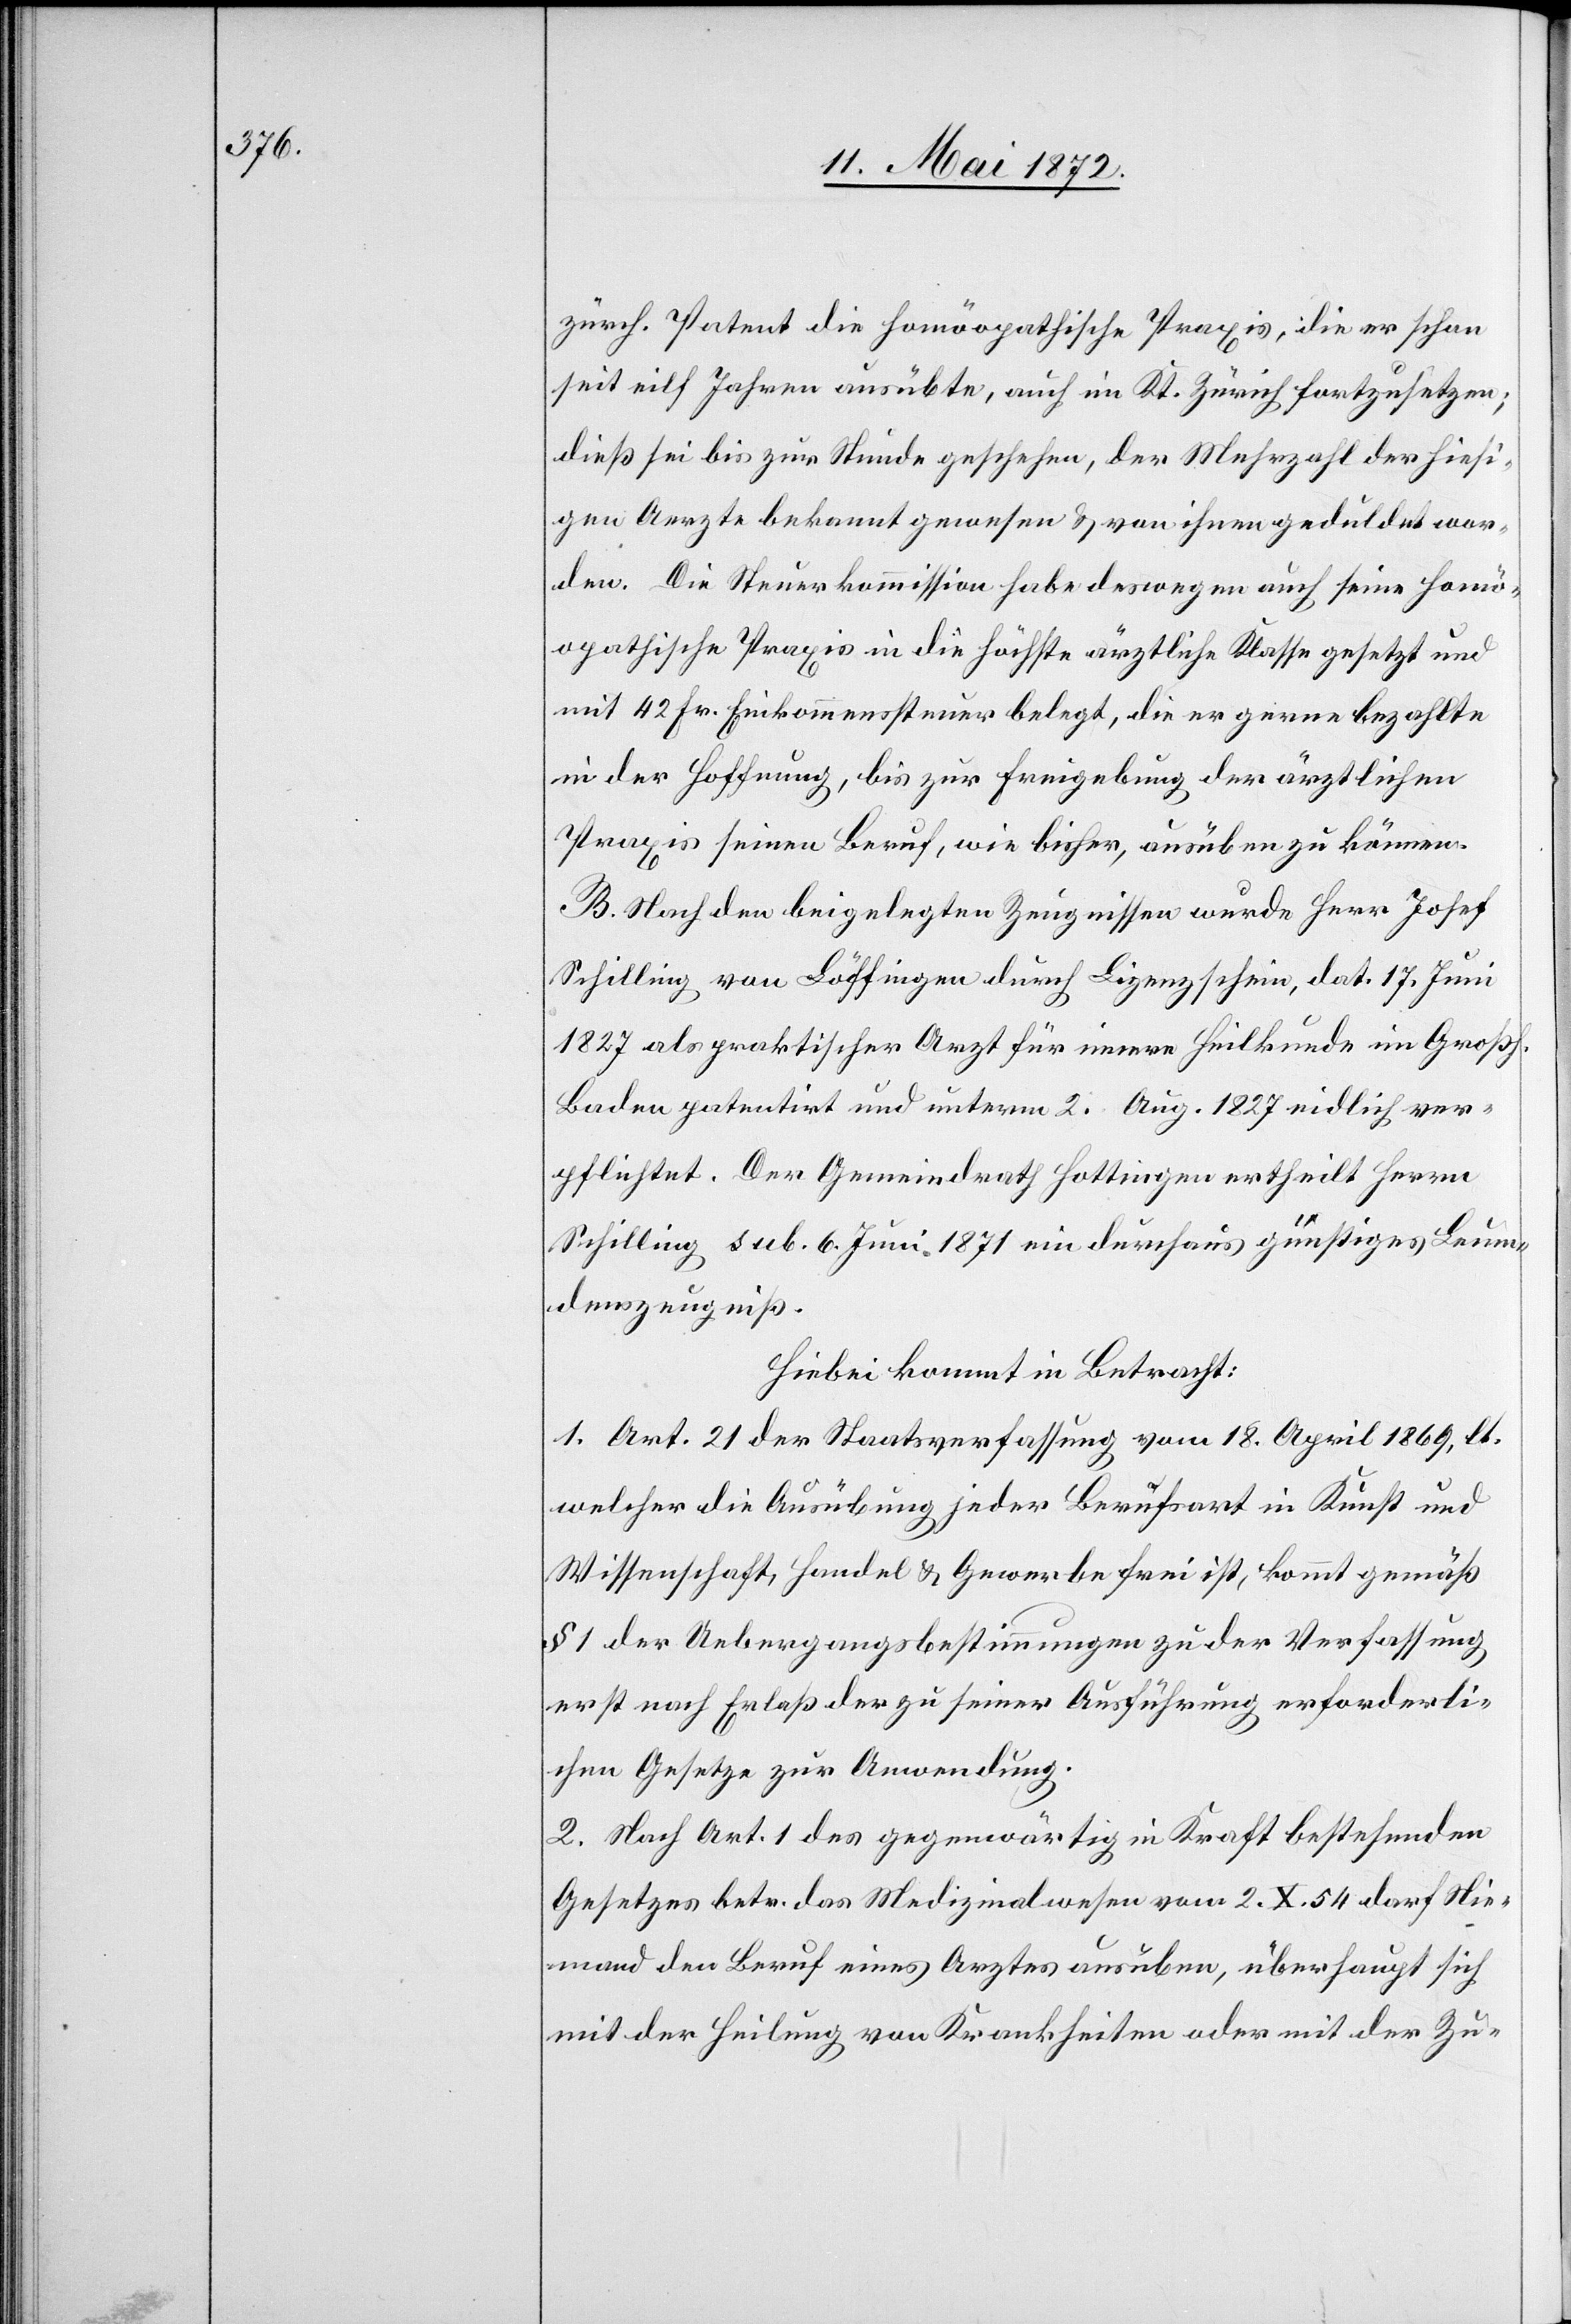
zürch. Patent die homöopathische Praxis, die er schon
seit eilf Jahren ausübte, auch im Kt. Zürich fortzusetzen;
dieß sei bis zur Stunde geschehen, der Mehrzahl der hiesi¬
gen Aerzte bekannt gewesen u. von ihnen geduldet wor¬
den. Die Steuerkommission habe deswegen auch seine homö¬
opathische Praxis in die höchste ärztliche Klasse gesetzt und
mit 42 Fr. Einkommenssteuer belegt, die er gerne bezahlte
in der Hoffnung, bis zur Freigebung der ärztlichen
Praxis seinen Beruf, wie bisher, ausüben zu können.
B. Nach den beigelegten Zeugnissen wurde Herr Josef
Schilling von Löffingen durch Lizenzschein, dat. 17. Juni
1827 als praktischer Arzt für innere Heilkunde im Großh.
Baden patentirt und unterm 2. Aug. 1827 eidlich ver¬
pflichtet. Der Gemeindrath Hottingen ertheilt Herrn
Schilling sub. 6. Juni 1871 ein durchaus günstiges Leum¬
denszeugniß.
Hiebei kommt in Betracht:
1. Art. 21 der Staatsverfassung vom 18. April 1869, lt.
welcher die Ausübung jeder Berufsart in Kunst und
Wissenschaft, Handel u. Gewerbe frei ist, kommt gemäß
§ 1 der Uebergangsbestimmungen zu der Verfassung
erst nach Erlaß der zu seiner Ausführung erforderli¬
chen Gesetze zur Anwendung.
2 Nach Art. 1 des gegenwärtig in Kraft bestehenden
Gesetzes betr. das Medizinalwesen vom 2. X. 54 darf Nie¬
mand den Beruf eines Arztes ausüben, überhaupt sich
mit der Heilung von Krankheiten oder mit der Zu-